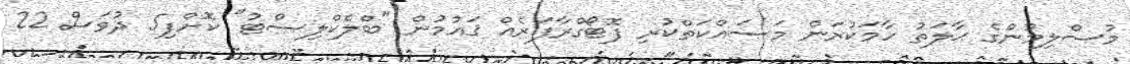
މުސްލިމުންގެ ޙާލަތު ހާމަކުރަން މަސައްކަތްކުރި ފޮޓޯގްރާފަރެއް ޤައުމުން "ބްލެކްލިސްޓު" ކޮށްފި5 ދުވަސް 22